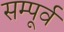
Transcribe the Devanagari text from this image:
सम्पूर्व